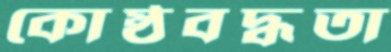
কোষ্ঠবদ্ধতা